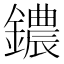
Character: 𫓒